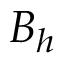
\boldsymbol { B } _ { h }